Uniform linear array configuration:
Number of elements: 16
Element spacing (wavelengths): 0.5
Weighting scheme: hamming
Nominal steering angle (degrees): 0
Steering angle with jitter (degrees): -1.514
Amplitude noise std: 0.05
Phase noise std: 0.05

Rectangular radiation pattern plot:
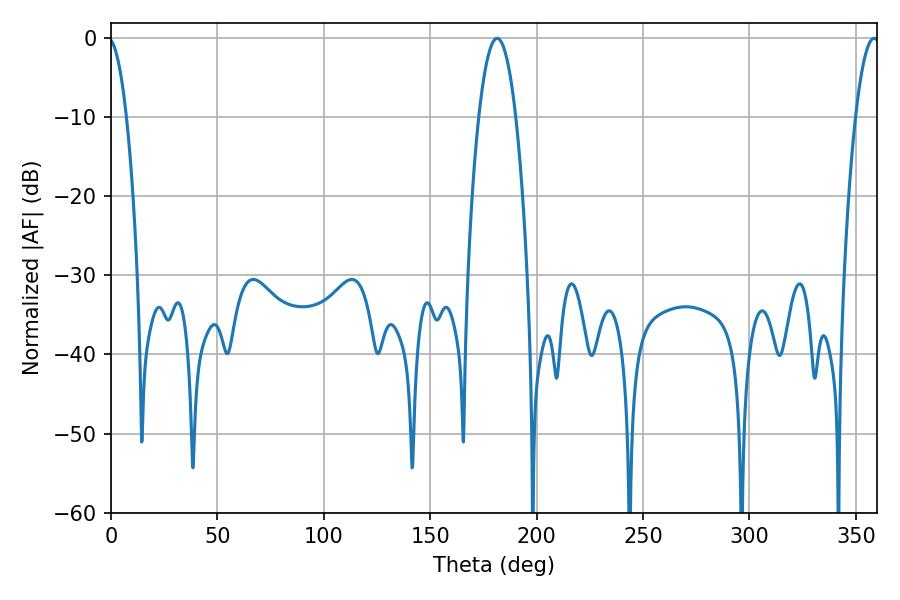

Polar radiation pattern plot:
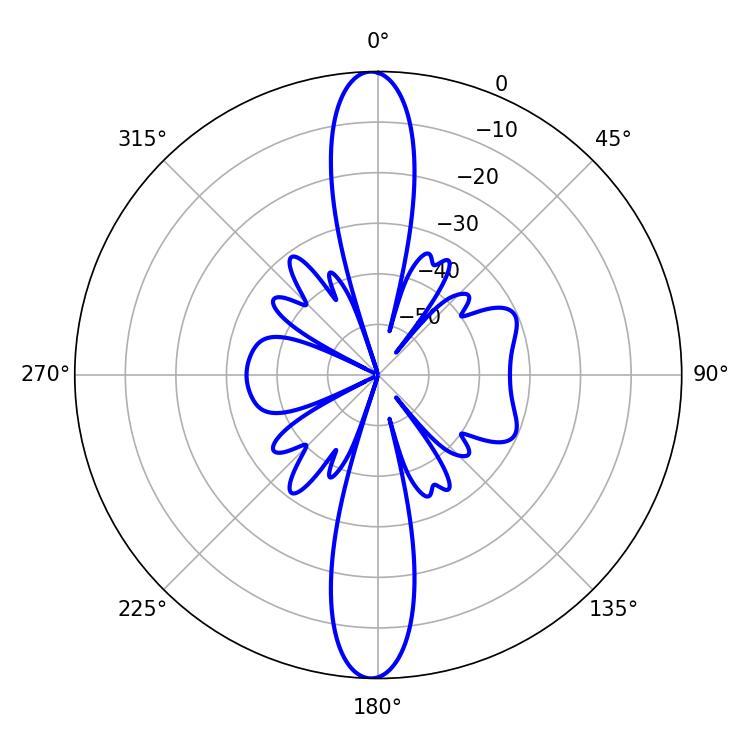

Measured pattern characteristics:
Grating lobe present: FALSE
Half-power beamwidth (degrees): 9.72
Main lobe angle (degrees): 181.44